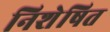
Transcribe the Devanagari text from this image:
निशेषित